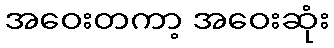
အဝေးတကာ့ အဝေးဆုံး